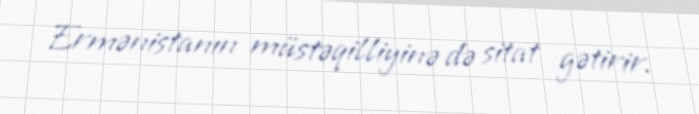
Ermənistanın müstəqilliyinə də sitat gətirir.